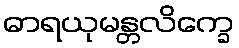
ဓာရယုမန္တလိက္ခေ